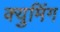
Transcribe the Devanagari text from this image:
क्युमिंग